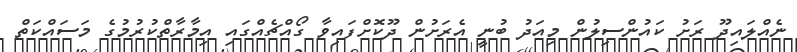
ނެއްލައިދޫ ރަށު ކައުންސިލުން މިއަދު ބުނީ އެރަށުން ދޫކޮށްފައިވާ ގޯއްޗެއްގައި އިމާރާތްކުރުމުގެ މަސައްކަތް